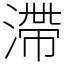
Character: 滯